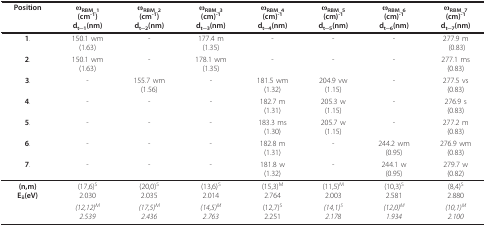
<table><thead><tr><td><b>Position</b></td><td><b>ω<sub>RBM_1 </sub>(cm<sup>-1</sup>)d<sub>t</sub>_<sub>1</sub>(nm)</b></td><td><b>ω<sub>RBM_2 </sub>(cm<sup>-1</sup>)d<sub>t</sub>_<sub>2</sub>(nm)</b></td><td><b>ωRBM_3(cm)<sup>-1</sup>d<sub>t</sub>_<sub>3</sub>(nm)</b></td><td><b>ω<sub>RBM_4</sub>(cm)<sup>-1</sup>d<sub>t</sub>_<sub>4</sub>(nm)</b></td><td><b>ω<sub>RBM_5</sub>(cm)<sup>-1</sup>d<sub>t</sub>_<sub>5</sub>(nm)</b></td><td><b>ω<sub>RBM_6 </sub>(cm)<sup>-1</sup>d<sub>t</sub>_<sub>6</sub>(nm)</b></td><td><b>ω<sub>RBM_7 </sub>(cm)<sup>-1</sup>d<sub>t</sub>_<sub>7</sub>(nm)</b></td></tr></thead><tbody><tr><td><b>1</b>.</td><td>150.1 wm(1.63)</td><td>-</td><td>177.4 m(1.35)</td><td>-</td><td>-</td><td>-</td><td>277.9 m (0.83)</td></tr><tr><td><b>2</b>.</td><td>150.1 wm(1.63)</td><td>-</td><td>178.1 wm(1.35)</td><td>-</td><td>-</td><td>-</td><td>277.1 ms(0.83)</td></tr><tr><td><b>3</b>.</td><td>-</td><td>155.7 wm(1.56)</td><td>-</td><td>181.5 wm(1.32)</td><td>204.9 vw(1.15)</td><td>-</td><td>277.5 vs(0.83)</td></tr><tr><td><b>4</b>.</td><td>-</td><td>-</td><td>-</td><td>182.7 m(1.31)</td><td>205.3 w(1.15)</td><td>-</td><td>276.9 s(0.83)</td></tr><tr><td><b>5</b>.</td><td>-</td><td>-</td><td>-</td><td>183.3 ms(1.30)</td><td>205.7 w(1.15)</td><td>-</td><td>277.2 m(0.83)</td></tr><tr><td><b>6</b>.</td><td>-</td><td>-</td><td>-</td><td>182.8 m(1.31)</td><td>-</td><td>244.2 wm(0.95)</td><td>276.9 wm(0.83)</td></tr><tr><td><b>7</b>.</td><td>-</td><td>-</td><td>-</td><td>181.8 w(1.32)</td><td>-</td><td>244.1 w(0.95)</td><td>279.7 w(0.82)</td></tr><tr><td><b>(n,m)</b><b>E</b><sub><b>ii</b></sub><b>(eV)</b></td><td>(17,6)<sup>S</sup>2.030</td><td>(20,0)<sup>S</sup>2.035</td><td>(13,6)<sup>S</sup>2.014</td><td>(15,3)<sup>M</sup>2.764</td><td>(11,5)<sup>M</sup>2.003</td><td>(10,3)<sup>S</sup>2.581</td><td>(8,4)<sup>S</sup>2.880</td></tr><tr><td></td><td><i>(12,12)</i><sup><i>M</i></sup><i>2.539</i></td><td><i>(17,5)</i><sup><i>M</i></sup><i>2.436</i></td><td><i>(14,5)</i><sup><i>M</i></sup><i>2.763</i></td><td>(12,7)<sup>S</sup>2.251</td><td><i>(14,1)</i><sup><i>S </i></sup><i>2.178</i></td><td><i>(12,0)</i><sup><i>M</i></sup><i>1.934</i></td><td><i>(10,1)</i><sup><i>M</i></sup><i>2.100</i></td></tr></tbody></table>